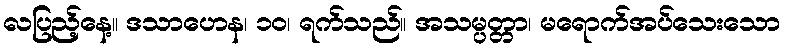
လပြည့်နေ့။ ဒသာဟေန၊ ၁၀၊ ရက်သည်။ အသမ္ပတ္တာ၊ မရောက်အပ်သေးသော